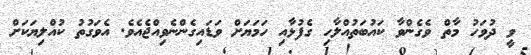
ވީ ދުވަހު މާތް ވެގެންވާ ކައުބަތުއްލާހި ގެފުޅާއި ހަމަޔަށް ވަޑައިގެންނެވިއްޖެއެވެ. އެވަގުތު ކުއްލިޔަކަށް